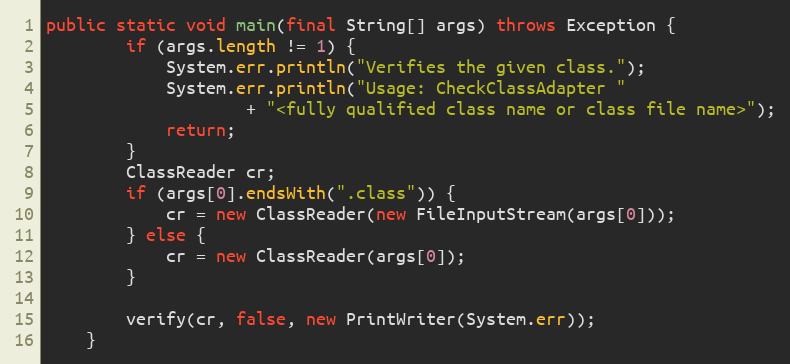
Language: Java
public static void main(final String[] args) throws Exception {
        if (args.length != 1) {
            System.err.println("Verifies the given class.");
            System.err.println("Usage: CheckClassAdapter "
                    + "<fully qualified class name or class file name>");
            return;
        }
        ClassReader cr;
        if (args[0].endsWith(".class")) {
            cr = new ClassReader(new FileInputStream(args[0]));
        } else {
            cr = new ClassReader(args[0]);
        }

        verify(cr, false, new PrintWriter(System.err));
    }